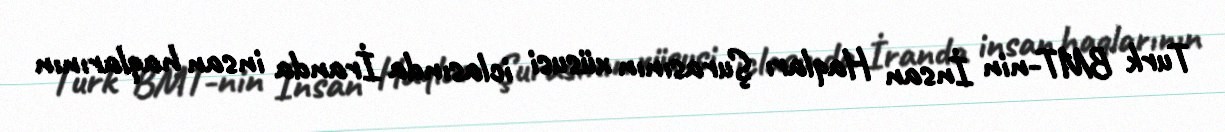
Turk BMT-nin İnsan Haqları Şurasının xüsusi iclasında İranda insan haqlarının